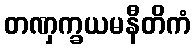
တဏှက္ခယမနီတိကံ